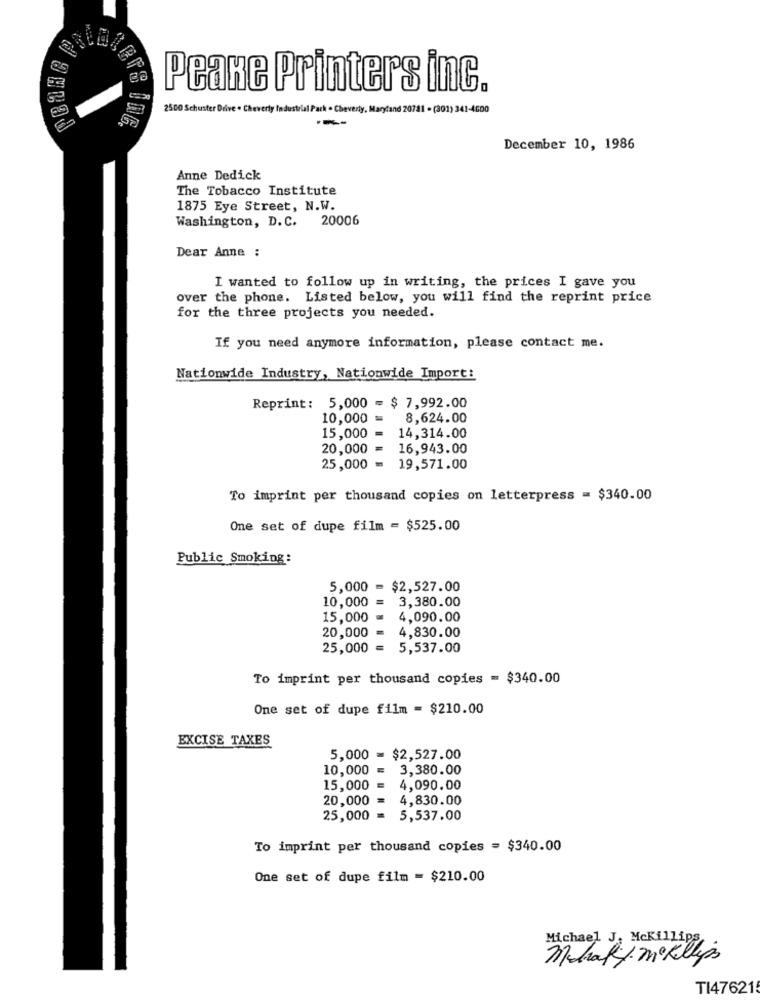
Peake Printers inc.
2500 Schuster Drive . Cheverly Indust
and 20781 - (301) 341-4600
December 10, 1986
Anne Dedick
The Tobacco Institute
1875 Eye Street, N.W.
Washington, D. C.
20006
Dear Anne :
I wanted to follow up in writing, the prices I gave you
over the phone. Listed below, you will find the reprint price
for the three projects you needed.
If you need anymore information, please contact me.
Nationwide Industry, Nationwide Import:
Reprint: 5,000 = $ 7,992.00
10,000 =
8,624.00
15,000 =
14,314.00
20,000
16,943.00
25,000 = 19,571.00
To imprint per thousand copies on letterpress = $340.00
One set of dupe film = $525.00
Public Smoking:
5,000 = $2,527.00
10,000
3,380.00
15,000
4,090.00
20,000
4,830.00
25,000 =
5,537.00
To imprint per thousand copies = $340.00
One set of dupe film = $210.00
EXCISE TAXES
5,000 = $2,527.00
10,000 =
3,380.00
15,000 =
4,090.00
20,000 =
4,830.00
25,000 =
5,537.00
To imprint per thousand copies = $340.00
One set of dupe film = $210.00
Michael J. Mckillip
Miraky mºKillis
TI47621!